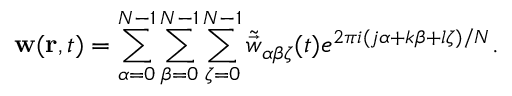
\mathbf { w } ( \mathbf { r } , t ) = \sum _ { \alpha = 0 } ^ { N - 1 } \sum _ { \beta = 0 } ^ { N - 1 } \sum _ { \zeta = 0 } ^ { N - 1 } \tilde { \vec { w } } _ { \alpha \beta \zeta } ( t ) e ^ { 2 \pi i ( j \alpha + k \beta + l \zeta ) / N } .